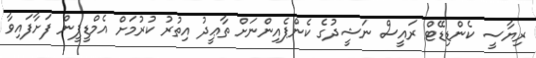
ރިޔާސީ ކެންޑިޑޭޓް ރައީސް ނަޝީދުގެ ކެންޕެއިންނަށް ތާޢީދު އިތުރު ކުރުމަށް އެމްޑީޕީން ފަށާފައިވާ